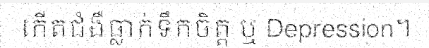
កើតជំងឺធ្លាក់ទឹកចិត្ត ឬ Depression។